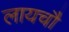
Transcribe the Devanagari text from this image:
लायचौ